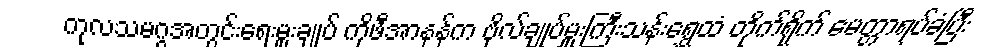
ကုလသမဂ္ဂအတွင်းရေးမှူးချုပ် ကိုဖီအာနန်က ဗိုလ်ချုပ်မှူးကြီးသန်းရွှေထံ တိုက်ရိုက် မေတ္တာရပ်ခံပြီး